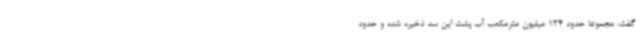
گفت: مجموعاً حدود 134 میلیون مترمکعب آب پشت این سد ذخیره شده و حدود